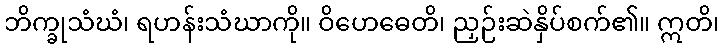
ဘိက္ခုသံဃံ၊ ရဟန်းသံဃာကို။ ဝိဟေဓေတိ၊ ညှဉ်းဆဲနှိပ်စက်၏။ ဣတိ၊